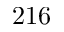
2 1 6